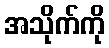
အသိုက်ကို